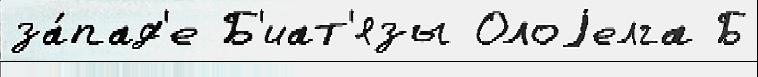
за́пад'е Б'иат'язы Олоjелга Б